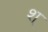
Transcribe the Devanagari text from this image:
श्‌